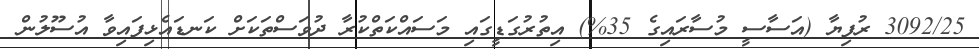
3092/25 ރުފިޔާ (އަސާސީ މުސާރައިގެ 35%) އިތުރުގަޑީގައި މަސައްކަތްކުރާ ދުވަސްތަކަށް ކަނޑައެޅިފައިވާ އުސޫލުން